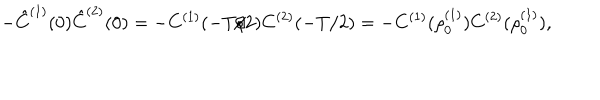
LaTeX: - \hat { C } ^ { ( 1 ) } ( 0 ) \hat { C } ^ { ( 2 ) } ( 0 ) = - C ^ { ( 1 ) } ( - T / 2 ) C ^ { ( 2 ) } ( - T / 2 ) = - C ^ { ( 1 ) } ( \rho _ { 0 } ^ { ( 1 ) } ) C ^ { ( 2 ) } ( \rho _ { 0 } ^ { ( 1 ) } ) ,